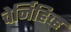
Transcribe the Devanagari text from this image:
चेर्निहिव्ह